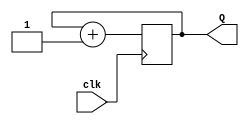
`timescale 1ns / 1ps
/*
Author: Arthur Miller
Due Date: 03-12-15
ECE 205L Final
purpose:
A 2-bit counter. The input clock comes from a 400Hz clock generator source. The 2
outputs are fed into the 4-to-1 Mux block as the select control inputs.
*/

module Three_Bit_Counter(clk,Q);
    input clk;
    output reg [2:0] Q;
    // counter from 0 to 9 
    // Posativ edge clock tick
    always @(posedge clk)
    begin
            Q = Q + 1;      
    end
endmodule